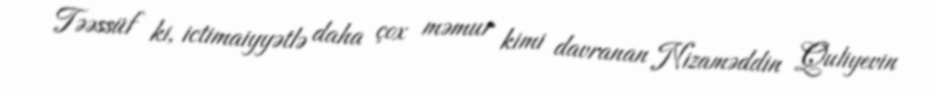
Təəssüf ki, ictimaiyyətlə daha çox məmur kimi davranan Nizaməddin Quliyevin